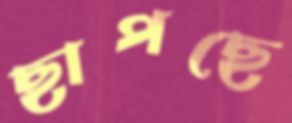
ছাপছে